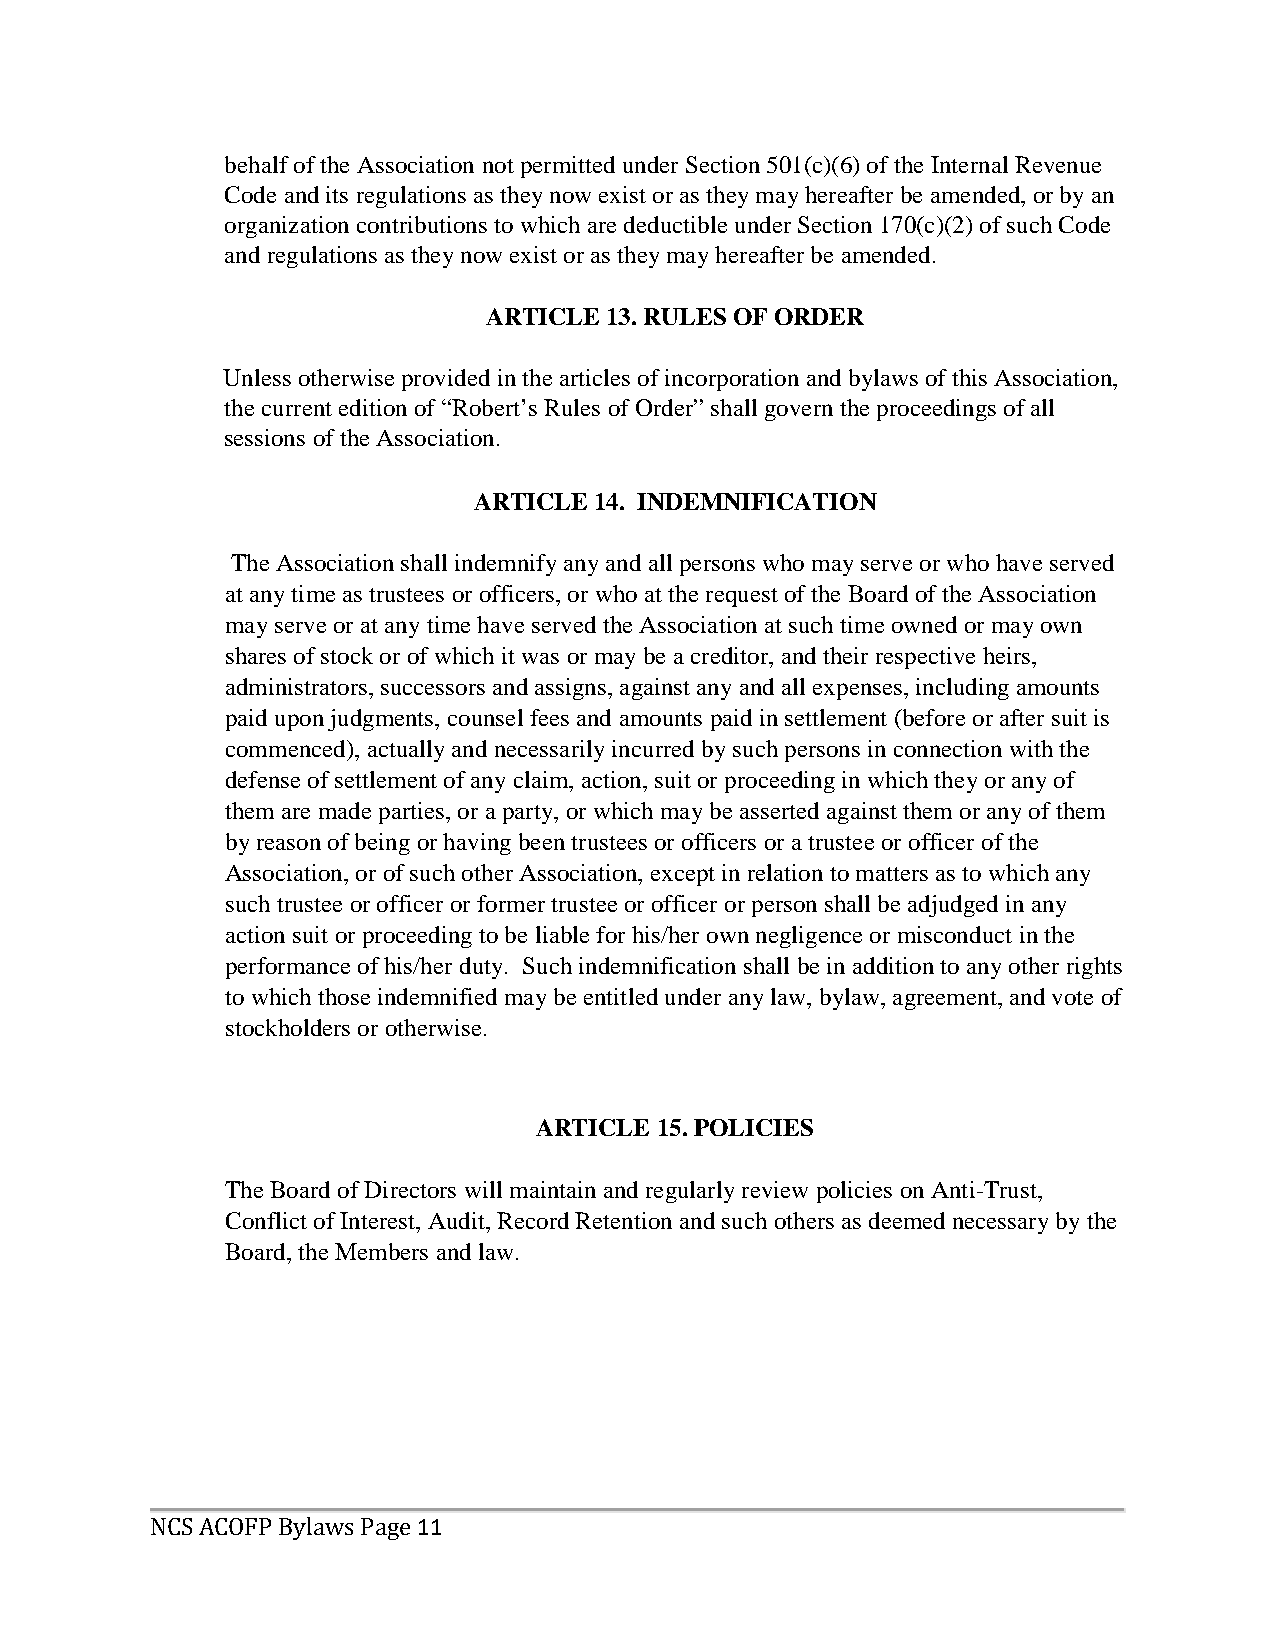
behalf of the Association not permitted under Section 501(c)(6) of the Internal Revenue
 Code and its regulations as they now exist or as they may hereafter be amended, or by an
 organization contributions to which are deductible under Section 170(c)(2) of such Code
 and regulations as they now exist or as they may hereafter be amended.
 ARTICLE 13. RULES OF ORDER
 Unless otherwise provided in the articles of incorporation and bylaws of this Association,
 the current edition of “Robert’s Rules of Order” shall govern the proceedings of all
 sessions of the Association.
 ARTICLE 14. INDEMNIFICATION
 The Association shall indemnify any and all persons who may serve or who have served
 at any time as trustees or officers, or who at the request of the Board of the Association
 may serve or at any time have served the Association at such time owned or may own
 shares of stock or of which it was or may be a creditor, and their respective heirs,
 administrators, successors and assigns, against any and all expenses, including amounts
 paid upon judgments, counsel fees and amounts paid in settlement (before or after suit is
 commenced), actually and necessarily incurred by such persons in connection with the
 defense of settlement of any claim, action, suit or proceeding in which they or any of
 them are made parties, or a party, or which may be asserted against them or any of them
 by reason of being or having been trustees or officers or a trustee or officer of the
 Association, or of such other Association, except in relation to matters as to which any
 such trustee or officer or former trustee or officer or person shall be adjudged in any
 action suit or proceeding to be liable for his/her own negligence or misconduct in the
 performance of his/her duty. Such indemnification shall be in addition to any other rights
 to which those indemnified may be entitled under any law, bylaw, agreement, and vote of
 stockholders or otherwise.
 ARTICLE 15. POLICIES
 The Board of Directors will maintain and regularly review policies on Anti-Trust,
 Conflict of Interest, Audit, Record Retention and such others as deemed necessary by the
 Board, the Members and law.
 11
 NCS ACOFP Bylaws Page